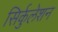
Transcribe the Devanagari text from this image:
सिर्कुलेशन